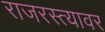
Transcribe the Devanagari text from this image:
राजरस्त्यावर